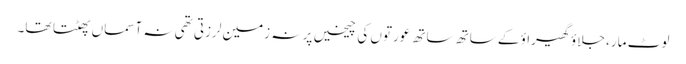
لوٹ مار، جلاؤ گھیراؤ کے ساتھ ساتھ عورتوں کی چیخیں پر نہ زمین لرزتی تھی نہ آسماں پھٹتا تھا۔